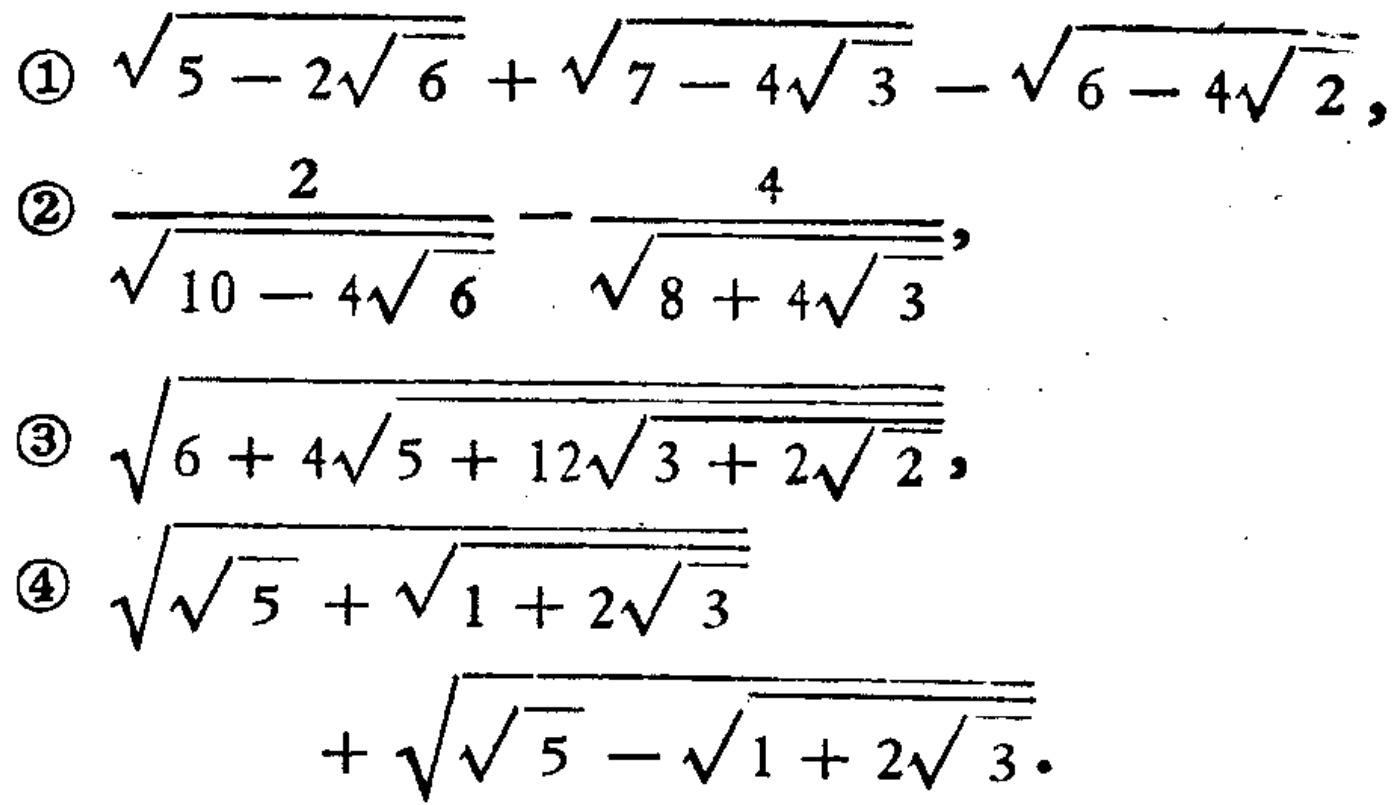
\textcircled{1} $\sqrt{5 - 2\sqrt{6}}+\sqrt{7 - 4\sqrt{3}}-\sqrt{6 - 4\sqrt{2}}$，

\textcircled{2} $\frac{2}{\sqrt{10 - 4\sqrt{6}}}-\frac{4}{\sqrt{8 + 4\sqrt{3}}}$，

\textcircled{3} $\sqrt{6 + 4\sqrt{5 + 12\sqrt{3 + 2\sqrt{2}}}}$，

\textcircled{4} $\sqrt{\sqrt{5}+\sqrt{1 + 2\sqrt{3}}}+\sqrt{\sqrt{5}-\sqrt{1 + 2\sqrt{3}}}$